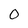
Character: 0